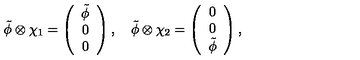
\tilde { \phi } \otimes \chi _ { 1 } = \left( \begin{array} { c } { \tilde { \phi } } \\ { 0 } \\ { 0 } \\ \end{array} \right) , \quad \tilde { \phi } \otimes \chi _ { 2 } = \left( \begin{array} { c } { 0 } \\ { 0 } \\ { \tilde { \phi } } \\ \end{array} \right) ,